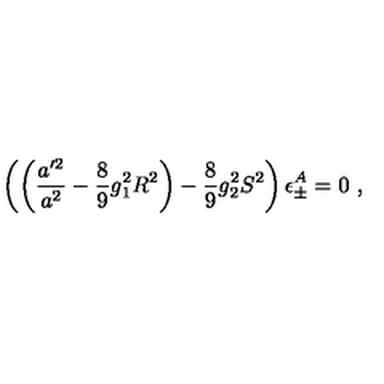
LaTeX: \left( \left( \frac { a ^ { \prime 2 } } { a ^ { 2 } } - \frac { 8 } { 9 } g _ { 1 } ^ { 2 } R ^ { 2 } \right) - \frac { 8 } { 9 } g _ { 2 } ^ { 2 } S ^ { 2 } \right) \epsilon _ { \pm } ^ { A } = 0 \ ,